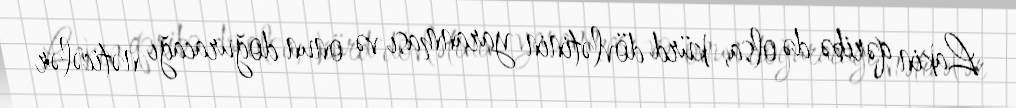
Lakin qəribə də olsa, kürd dövlətinin yaranması və onun doğuracağı nəticələr